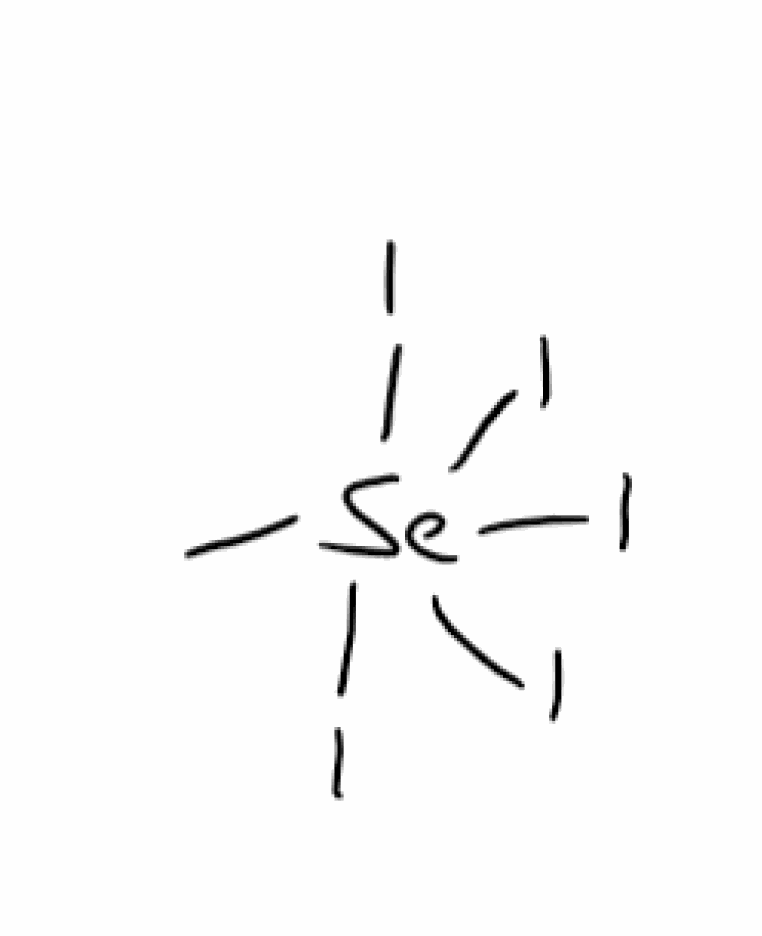
Simplified molecular-input line-entry system (SMILES) notation of the given molecule:
C[Se](I)(I)(I)(I)I